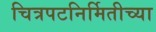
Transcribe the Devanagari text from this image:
चित्रपटनिर्मितीच्या